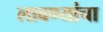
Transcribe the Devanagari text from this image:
लावण्यांचा